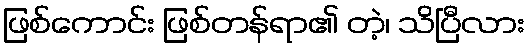
ဖြစ်ကောင်း ဖြစ်တန်ရာ၏ တဲ့၊ သိပြီလား